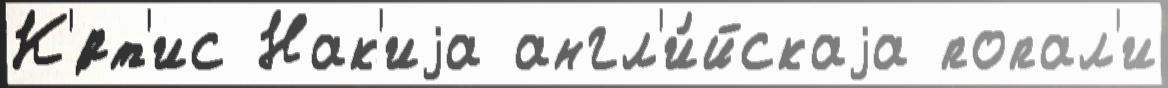
К'́рт'ис Нак'иjа англ'и́йскаjа попал'и